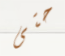
حتى